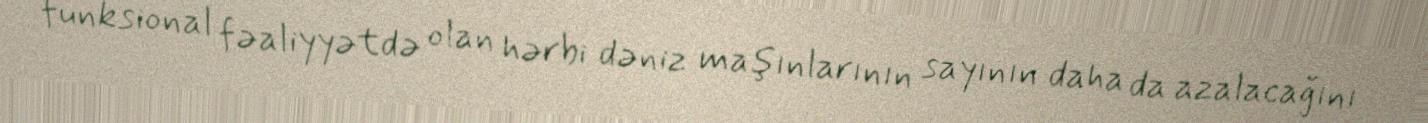
funksional fəaliyyətdə olan hərbi dəniz maşınlarının sayının daha da azalacağını